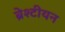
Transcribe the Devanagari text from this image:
ब्रेश्टीयन